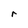
Character: r